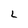
Character: L